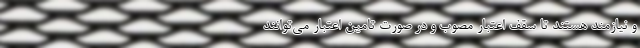
و نیازمند هستند تا سقف اعتبار مصوب و در صورت تامین اعتبار می‌توانند